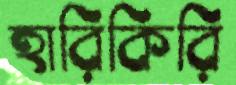
হারিকিরি